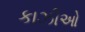
કાઝીઓ